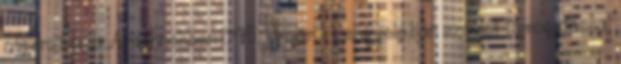
offenzíva az Ardennekben 1945. január 1. Lengyelo.ban szovjet támogatással